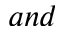
a n d